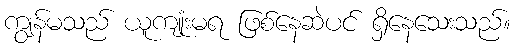
ကျွန်မသည် ယူကျုံးမရ ဖြစ်နေဆဲပင် ရှိနေသေးသည်။